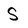
Character: S